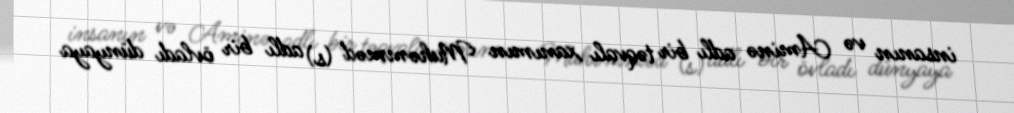
insanın və Aminə adlı bir təqvalı xanımın Muhəmməd (s) adlı bir övladı dünyaya